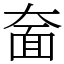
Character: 奤